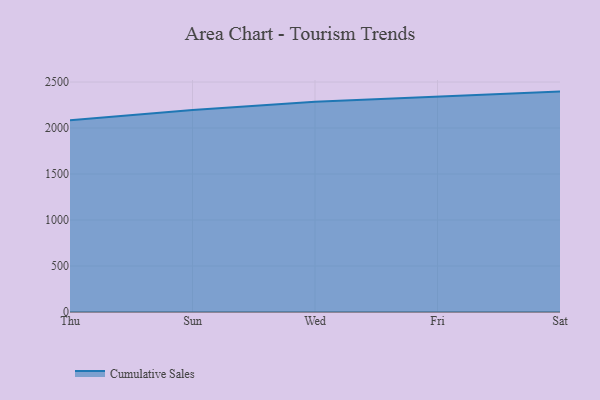
{"axis": {"x": "Day", "y": "Demand Index"}, "legend": ["Cumulative Sales"], "data": [{"x": "Thu", "y": 2084.2, "type": "Cumulative Sales"}, {"x": "Sun", "y": 2196.3, "type": "Cumulative Sales"}, {"x": "Wed", "y": 2285.7, "type": "Cumulative Sales"}, {"x": "Fri", "y": 2343.3, "type": "Cumulative Sales"}, {"x": "Sat", "y": 2396.0, "type": "Cumulative Sales"}]}